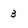
Character: 3